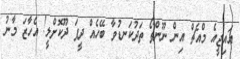
އައިޖީއެ މްއެޗް އިން ނޫންތޯ ތަދުކަނޑުވާ ބޭހެއް ދީފަ ދޫކޮށްލީ! އެހާޒަ މާނު